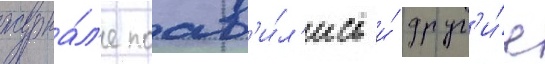
журна́л'е поав'и́л'ись и́ друг'и́е